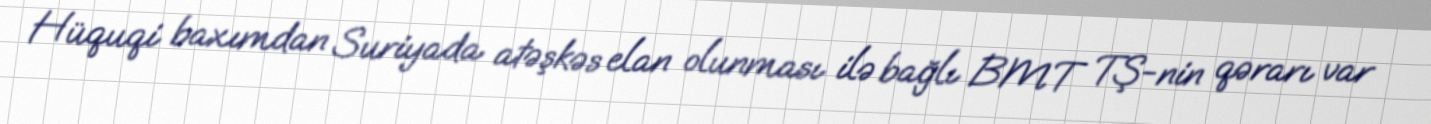
Hüquqi baxımdan Suriyada atəşkəs elan olunması ilə bağlı BMT TŞ-nin qərarı var